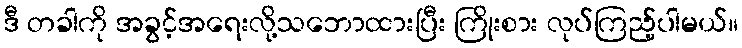
ဒီ တခါကို အခွင့်အရေးလို့သဘောထားပြီး ကြိုးစား လုပ်ကြည့်ပါမယ်။